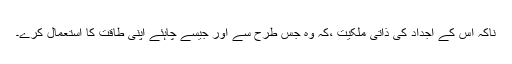
ناکہ اس کے اجداد کی ذاتی ملکیت ،کہ وہ جس طرح سے اور جیسے چاہئے اپنی طاقت کا استعمال کرے۔